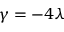
\gamma = - 4 \lambda